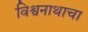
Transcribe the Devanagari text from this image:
विश्वनाथाचा